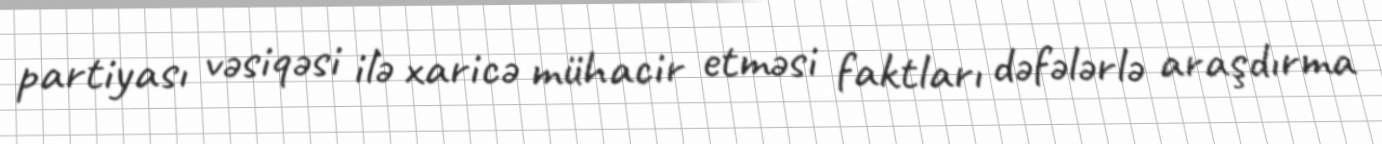
partiyası vəsiqəsi ilə xaricə mühacir etməsi faktları dəfələrlə araşdırma